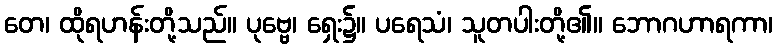
တေ၊ ထိုရဟန်းတို့သည်။ ပုဗ္ဗေ၊ ရှေး၌။ ပရေသံ၊ သူတပါးတို့၏။ ဘောဂဟာရကာ၊